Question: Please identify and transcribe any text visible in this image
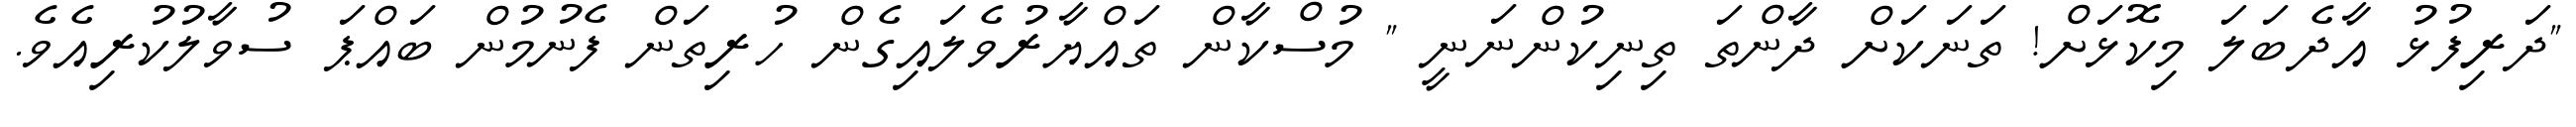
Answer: "ދަރިފުޅު އާދެބަލަ މިކޮޅަށް! ތަނަކަށް ދާންތަ ތިނިކުންނަނީ " މުސްކާން ތައްޔާރުވެލައިގެން ހުރިތަން ފެނުމުން ބައްޕަ ސުވާލުކުރިއެވެ.